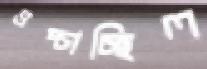
ওপ্‌চাচ্ছিল